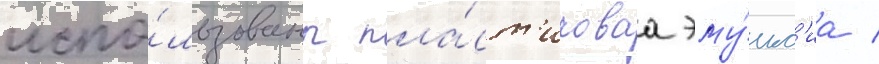
испо́льзованы пла́ст'иковаа эму́льс'иа /